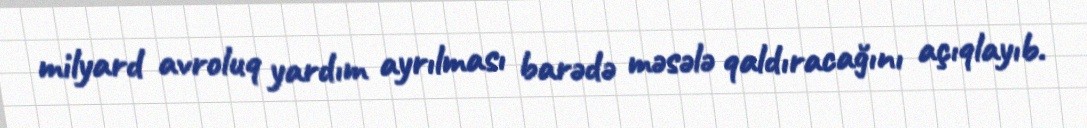
milyard avroluq yardım ayrılması barədə məsələ qaldıracağını açıqlayıb.